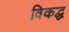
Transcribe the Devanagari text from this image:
विकद्ध